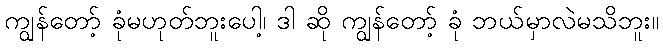
ကျွန်တော့် ခုံမဟုတ်ဘူးပေါ့၊ ဒါ ဆို ကျွန်တော့် ခုံ ဘယ်မှာလဲမသိဘူး။